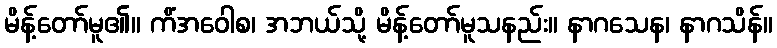
မိန့်တော်မူ၏။ ကိံအဝေါစ၊ အဘယ်သို့ မိန့်တော်မူသနည်း။ နာဂသေန၊ နာဂသိန်။